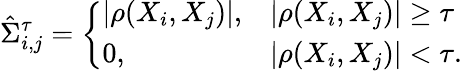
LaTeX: \hat{\Sigma}_{i,j}^{\tau}=\left\{ \begin{array}{ll}{|\rho(X_{i},X_{j})|,}&{|\rho(X_{i},X_{j})|\geq\tau}\\ {0,}&{|\rho(X_{i},X_{j})|<\tau.}\end{array}\right.